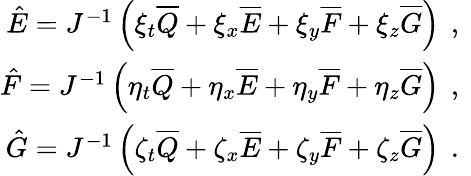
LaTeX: \begin{array}{r}{\hat{E}=J^{-1}\left(\xi_{t}\overline{{Q}}+\xi_{x}\overline{{E}}+\xi_{y}\overline{{F}}+\xi_{z}\overline{{G}}\right)\, \mathrm{~,~}}\\ {\hat{F}=J^{-1}\left(\eta_{t}\overline{{Q}}+\eta_{x}\overline{{E}}+\eta_{y}\overline{{F}}+\eta_{z}\overline{{G}}\right)\, \mathrm{~,~}}\\ {\hat{G}=J^{-1}\left(\zeta_{t}\overline{{Q}}+\zeta_{x}\overline{{E}}+\zeta_{y}\overline{{F}}+\zeta_{z}\overline{{G}}\right)\, \mathrm{~.~}}\end{array}